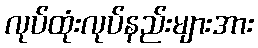
လုပ်ထုံးလုပ်နည်းများအား